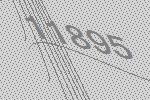
11895